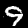
Digit: 9